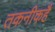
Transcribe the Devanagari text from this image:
तकनीकहै